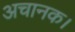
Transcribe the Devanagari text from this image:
अचानक।